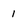
Character: 1